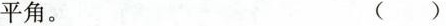
平角。 ( )